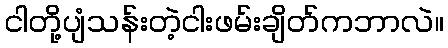
ငါတို့ပျံသန်းတဲ့ငါးဖမ်းချိတ်ကဘာလဲ။